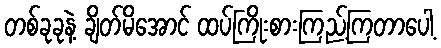
တစ်ခုခုနဲ့ ချိတ်မိအောင် ထပ်ကြိုးစားကြည့်ကြတာပေါ့